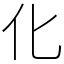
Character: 化